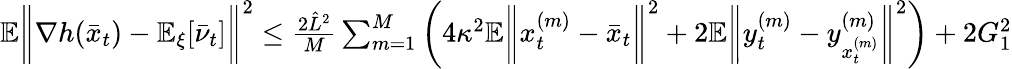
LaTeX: \begin{array}{r}{\mathbb{E}\bigg\| \nabla h(\bar{x}_{t})-\mathbb{E}_{\xi}[\bar{\nu}_{t}]\bigg\| ^{2}\leq\frac{2\hat{L}^{2}}{M}\sum_{m=1}^{M}\bigg(4\kappa^{2}\mathbb{E}\bigg\| x_{t}^{(m)}-\bar{x}_{t}\bigg\| ^{2}+2\mathbb{E}\bigg\| y_{t}^{(m)}-y_{x_{t}^{(m)}}^{(m)}\bigg\| ^{2}\bigg)+2G_{1}^{2}}\end{array}